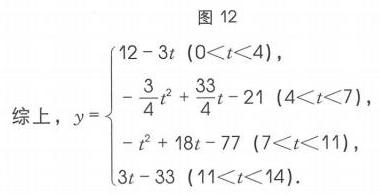
图 12
综上，\(y = \begin{cases}12 - 3t\ (0<t<4),\\-\frac{3}{4}t^{2}+\frac{33}{4}t - 21\ (4<t<7),\\-t^{2}+18t - 77\ (7<t<11),\\3t - 33\ (11<t<14).\end{cases}\)